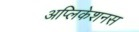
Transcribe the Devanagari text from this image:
अप्लिकेशनस